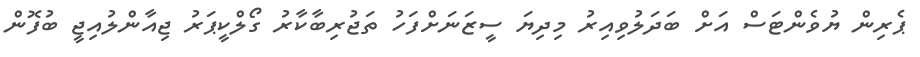
ޕެރިން ޔުވެންޓަސް އަށް ބަދަލުވިއިރު މިދިޔަ ސީޒަނަށްފަހު ތަޖުރިބާކާރު ގޯލްކީޕަރު ޖިއާންލުއިޖީ ބުފޮން